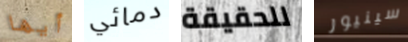
أيها دمائي للحقيقة سينيور